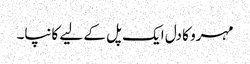
مہرو کا دل ایک پل کے لیے کانپا۔